Lunatic asylums in Bengal annual reports 1888-1898 - 1888-1898
Year: 1888
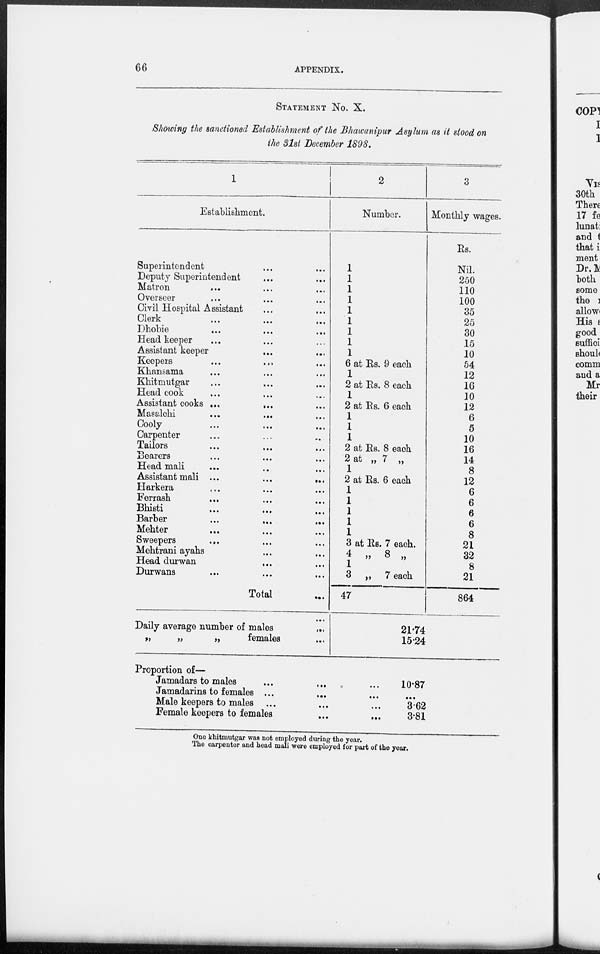
66
APPENDIX.
STATEMENT No. X.
Showing the sanctioned Establishment of the Bhawanipur Asylum as it stood on
the 31st December 1898.
1
Establishment.
Superintendent ... ...
Deputy Superintendent ... ...
Matron ... ... ...
Overseer ... ... ...
Civil Hospital Assistant ... ...
Clerk ... ... ...
Dhobie ... ... ...
Head keeper ... ... ...
Assistant keeper ... ...
Keepers
...
...
...
Khansama ... ... ...
Khitmutgar
...
...
...
Head cook ... ... ...
Assistant cooks ...
...
...
Masalchi
...
...
...
Cooly
...
...
...
Carpenter ... ... ...
Tailors
...
...
...
Bearers ... ... ...
Head mali ... ... ...
Assistant mali ...
...
...
Harkera
...
...
...
Ferrash
... ... ...
Bhisti
...
...
...
Barber
...
...
...
Mehter
...
...
...
Sweepers
... ... ...
Mehtrani ayahs ... ...
Head durwan ... ...
Durwans ... ... ...
Total ...
Daily average number of males
...
„
„
„
females ...
2
Number.
1
1
1
1
1
1
1
1
1
6 at Rs. 9 each
1
2 at Rs. 8 each
1
2 at Rs. 6 each
1
1
1
2 at Rs. 8 each
2 at „ 7 „
1
2 at Rs. 6 each
1
1
1
1
1
3 at Rs. 7 each.
4 „ 8 „
1
3 „ 7 each
47
3
Monthly wages.
Rs.
Nil.
250
110
100
35
25
30
15
10
54
12
16
10
12
6
5
10
16
14
8
12
6
6
6
6
8
21
32
8
21
864
21.74
15.24
Proportion of—
Jamadars to males
...
...
...
Jamadarins to females ... ... ...
Male keepers to males ...
...
...
Female keepers to females
...
...
10.87
...
3.62
3.81
One khitmutgar was not employed during the year.
The carpenter and head mali were employed for part of the year.